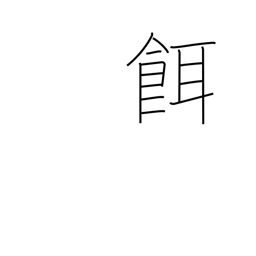
Meaning: prey